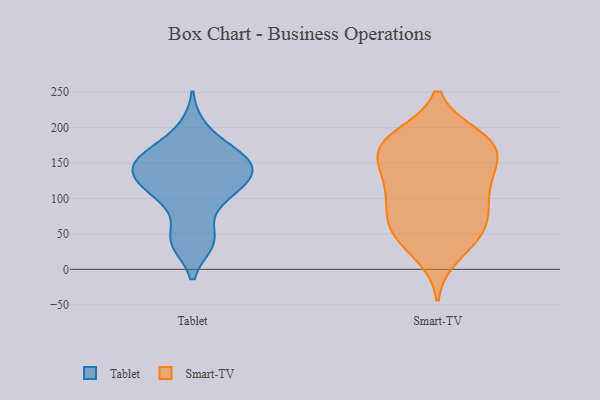
{"axis": {"x": "Website Visitors", "y": "Value"}, "legend": ["Smart-TV", "Tablet"], "data": [{"x": "", "y": 199, "type": "Tablet"}, {"x": "", "y": 43, "type": "Tablet"}, {"x": "", "y": 153, "type": "Tablet"}, {"x": "", "y": 99, "type": "Tablet"}, {"x": "", "y": 129, "type": "Tablet"}, {"x": "", "y": 156, "type": "Tablet"}, {"x": "", "y": 122, "type": "Tablet"}, {"x": "", "y": 129, "type": "Tablet"}, {"x": "", "y": 163, "type": "Tablet"}, {"x": "", "y": 95, "type": "Tablet"}, {"x": "", "y": 149, "type": "Tablet"}, {"x": "", "y": 143, "type": "Tablet"}, {"x": "", "y": 40, "type": "Tablet"}, {"x": "", "y": 38, "type": "Tablet"}, {"x": "", "y": 119, "type": "Tablet"}, {"x": "", "y": 168, "type": "Tablet"}, {"x": "", "y": 177, "type": "Smart-TV"}, {"x": "", "y": 125, "type": "Smart-TV"}, {"x": "", "y": 52, "type": "Smart-TV"}, {"x": "", "y": 94, "type": "Smart-TV"}, {"x": "", "y": 187, "type": "Smart-TV"}, {"x": "", "y": 181, "type": "Smart-TV"}, {"x": "", "y": 46, "type": "Smart-TV"}, {"x": "", "y": 125, "type": "Smart-TV"}, {"x": "", "y": 171, "type": "Smart-TV"}, {"x": "", "y": 72, "type": "Smart-TV"}, {"x": "", "y": 128, "type": "Smart-TV"}, {"x": "", "y": 153, "type": "Smart-TV"}, {"x": "", "y": 175, "type": "Smart-TV"}, {"x": "", "y": 65, "type": "Smart-TV"}, {"x": "", "y": 184, "type": "Smart-TV"}, {"x": "", "y": 105, "type": "Smart-TV"}, {"x": "", "y": 154, "type": "Smart-TV"}, {"x": "", "y": 42, "type": "Smart-TV"}, {"x": "", "y": 20, "type": "Smart-TV"}, {"x": "", "y": 82, "type": "Smart-TV"}]}